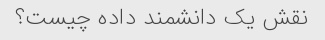
نقش یک دانشمند داده چیست؟